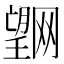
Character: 𭩌